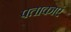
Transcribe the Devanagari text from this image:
पताकाएं